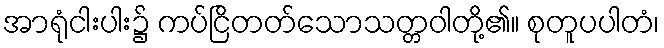
အာရုံငါးပါး၌ ကပ်ငြိတတ်သောသတ္တဝါတို့၏။ စုတူပပါတံ၊